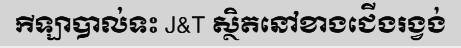
កីឡាបាល់ទះ J&T ស្ថិតនៅខាងជើងរង្វង់